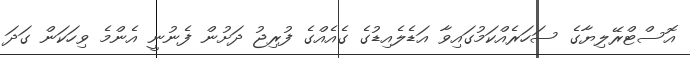
އޮސްޓްރޭލިޔާގެ ސަހަރެއްކަމުގައިވާ އަޑެލެއިޑުގެ ގެއެއްގެ ފުރިޖު ދަށުން ފެނުނީ އެންމެ ވިހަކަން ގަދަ